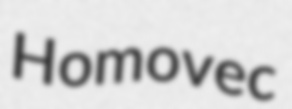
Homovec